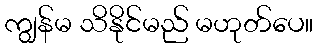
ကျွန်မ သိနိုင်မည် မဟုတ်ပေ။